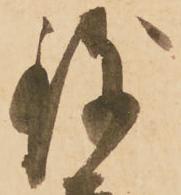
致